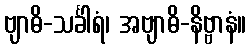
ဗျာဓိ-သင်္ခါရံ၊ အဗျာဓိ-နိဗ္ဗာနံ။